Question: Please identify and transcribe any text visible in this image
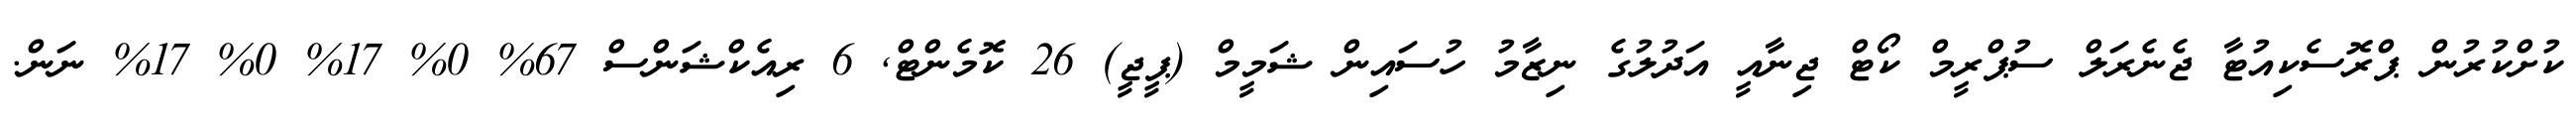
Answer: ކުށްކުރުން ޕްރޮސެކިއުޓާ ޖެނެރަލް ސުޕްރީމް ކޯޓް ޖިނާއީ އަދުލުގެ ނިޒާމު ހުސައިން ޝަމީމް (ޕީޖީ) 26 ކޮމެންޓް, 6 ރިއެކްޝަންސް 67% 0% 17% 0% 17% ނަން.